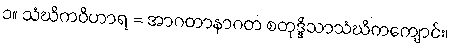
၁။ သံဃိကဝိဟာရ = အာဂတာနာဂတ စတုဒ္ဒိသာသံဃိကကျောင်း၊